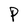
Character: P